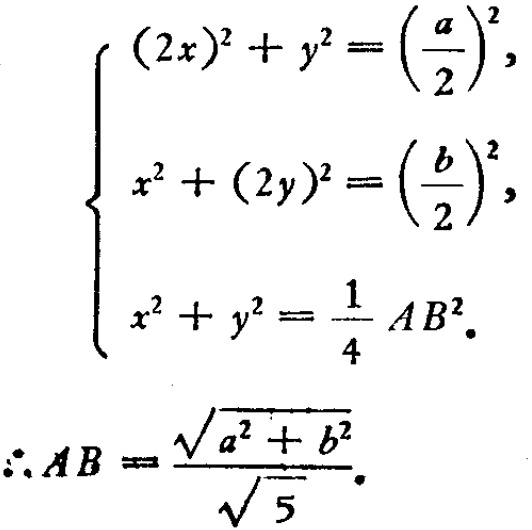
\[
\begin{cases}
(2x)^{2}+y^{2}=\left(\frac{a}{2}\right)^{2},\\
x^{2}+(2y)^{2}=\left(\frac{b}{2}\right)^{2},\\
x^{2}+y^{2}=\frac{1}{4}AB^{2}.
\end{cases}
\]
\(\therefore AB = \frac{\sqrt{a^{2}+b^{2}}}{\sqrt{5}}\).